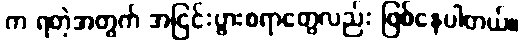
က ရတဲ့အတွက် အငြင်းပွားစရာတွေလည်း ဖြစ်နေပါတယ်။